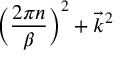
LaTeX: \biggl ( { \frac { 2 \pi n } { \beta } } \biggr ) ^ { 2 } + \vec { k } ^ { 2 }